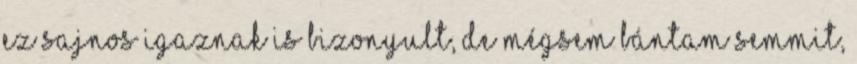
ez sajnos igaznak is bizonyult, de mégsem bántam semmit,